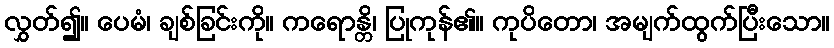
လွှတ်၍။ ပေမံ၊ ချစ်ခြင်းကို။ ကရောန္တိ၊ ပြုကုန်၏။ ကုပိတော၊ အမျက်ထွက်ပြီးသော။